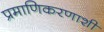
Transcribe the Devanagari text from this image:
प्रमाणिकरणाशी